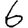
Digit: 6